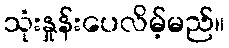
သုံးနှုန်းပေလိမ့်မည်။